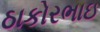
ઠાકોરભાઇ